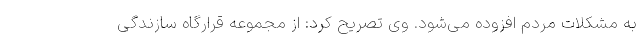
به مشکلات مردم افزوده می‌شود. وی تصریح کرد: از مجموعه قرارگاه سازندگی